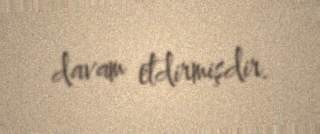
davam etdirmişdir.